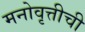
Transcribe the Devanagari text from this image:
मनोवृत्तीची